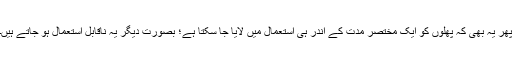
پھر یہ بھی کہ پھلوں کو ایک مختصر مدت کے اندر ہی استعمال میں لایا جا سکتا ہے؛ بصورتِ دیگر یہ ناقابلِ استعمال ہو جاتے ہیں۔